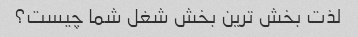
لذت بخش ترین بخش شغل شما چیست؟